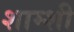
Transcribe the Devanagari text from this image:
शाम्शी